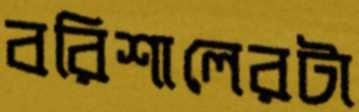
বরিশালেরটা